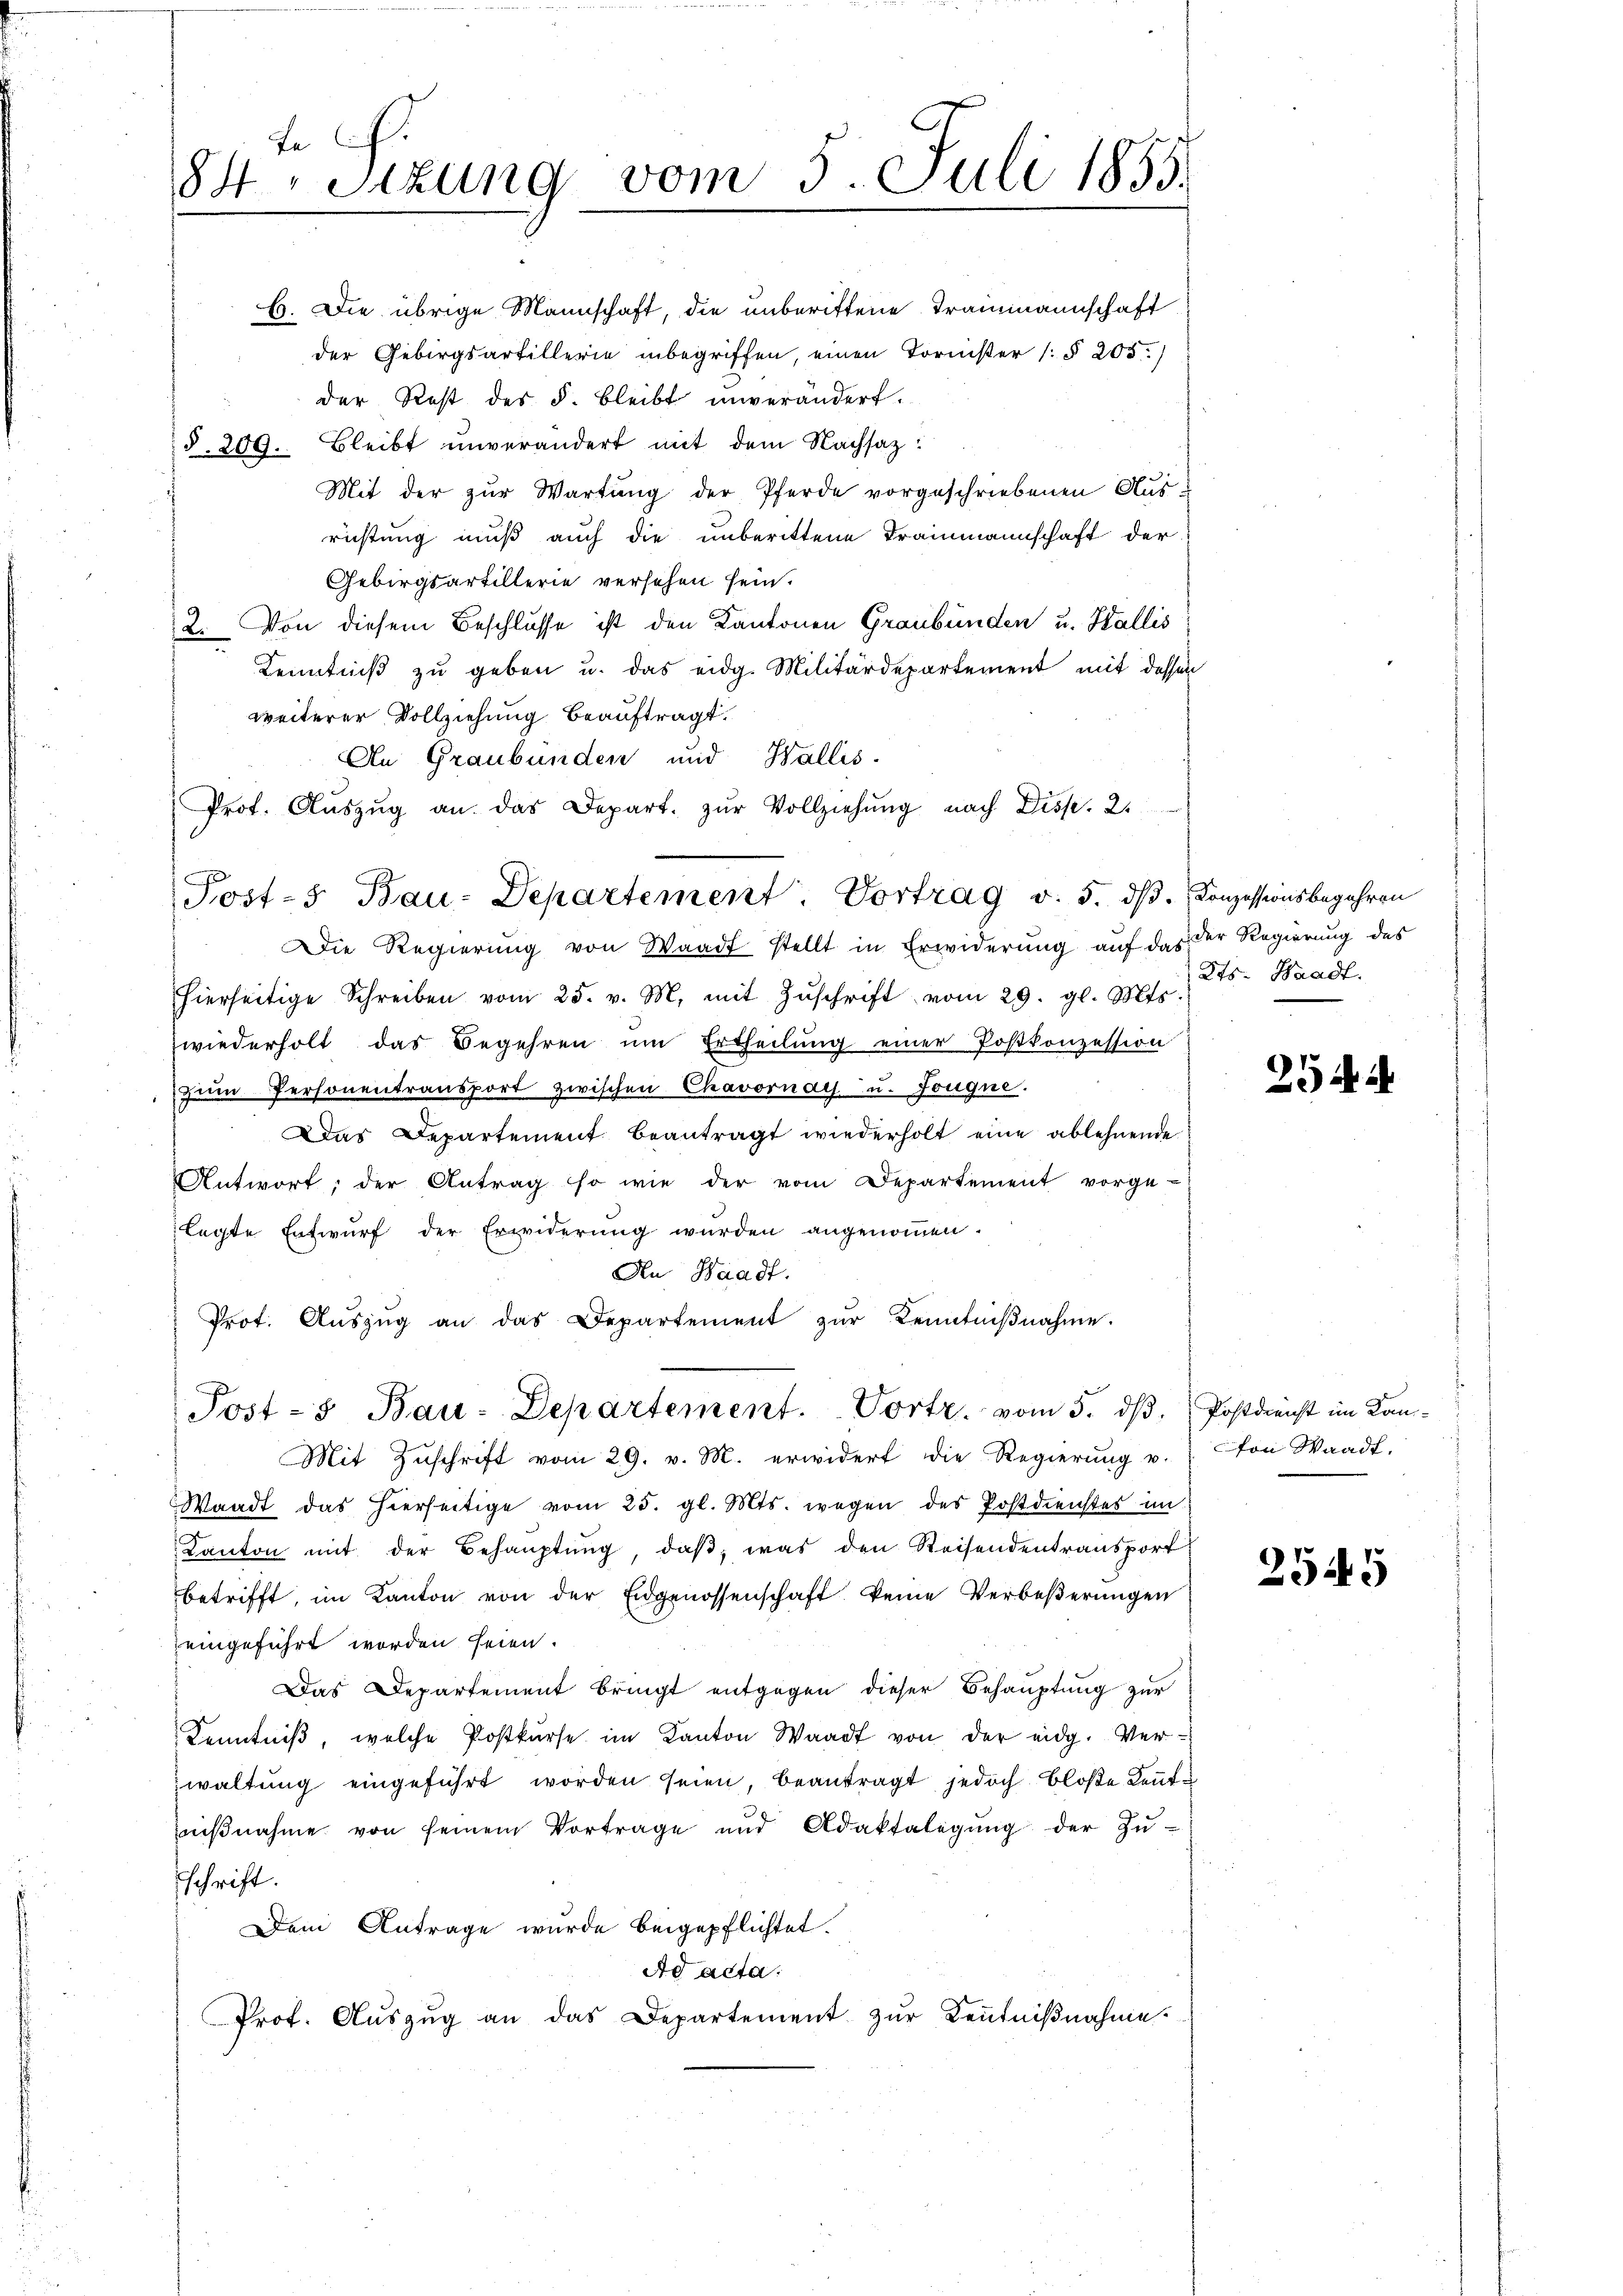
Ja
84. Sizung vom 3. Juli 1855.

b. Die übrige Mannschaft, die unberittene Trammannschaft
der Gebirgsartillerie inbegriffen, einen Tornster (§ 205.)
der Rest des §. bleibt unverändert.
§. 209. Bleibt unverändert mit dem Nachsaz:
Mit der zur Wartung der Pferde vorgeschriebenen Aus-
rüstung muß auch die unberittene Trammannschaft der
Gebirgsartillerie versehen sein.
2. Von diesem Beschlusse ist den Kantonen Graubünden u. Wallis
Kenntniß zu geben u. das eidg. Militärdepartement mit dessen
weiterer Vollziehung beauftragt.
An Graubünden und Wallis.
Die Regierung von Waadt stellt in Erwiderung auf das der Regierung des
hierseitige Schreiben vom 25. v. M. mit Zŭschrift vom 29. gl. Mts.
wiederholt das Begehren ŭm Ertheilŭng einer Postkonzession
Zum Personentransport zwischen Chavornay u. Tougne.
Das Departement beantragt wiederholt eine ablehnende
Antwort, der Antrag so wie der vom Departement vorge-
legte Entwurf der Erwiderung wurden angenommen.
An Waadt.
Prot. Aŭszŭg an das Departement zŭr Kenntniβnahme.
Post- & Bau-Departement. Vortr. vom 5. dβ.
Mit Zuschrift vom 29. v. M. erwidert die Regierung u.
Waadt das hierseitige vom 25. gl. Mts. wegen des Postdienstes im
Kanton mit der Behaŭptŭng, daβ, was den Reisendentransport
betrifft, im Kanton von der Eidgenossenschaft keine Verbeßerungen
eingeführt worden seien.
Das Departement bringt entgegen dieser Behauptung zur
Kenntniβ, welche Postkŭrse im Kanton Waadt von der eidg. Ver-
waltung eingeführt worden seien, beantragt jedoch bloße Kenntiβnahme von seinem Vortrage und Adakfalegŭng der Zŭ-
schrift.
Dem Antrage wurde beigepflichtet.
Ad acta:
Prof. Aŭszŭg an das Departement zŭr Keṅtniβnahme.

Prof. Aŭszŭg an das Depart. zŭr Vollziehŭng nach Disp. 2.
Post-5 Bau-Departement. Vortrag v. 5. dβ. Conzessionsbegehren

2ts. Waadt.

254

Postdericht im Kanton Waadt.

2545